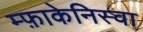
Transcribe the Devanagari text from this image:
म्फ़ाकेनिस्वा